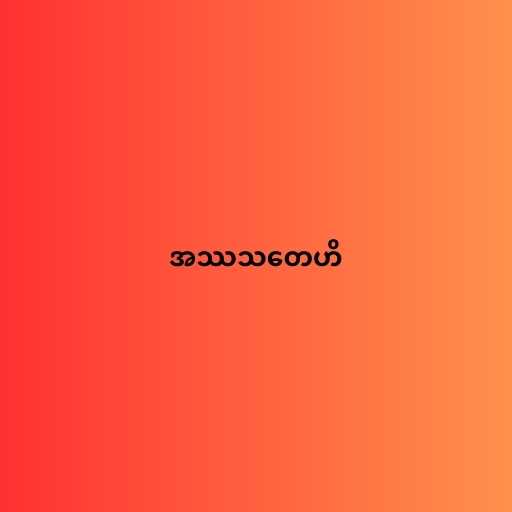
အဿသတေဟိ